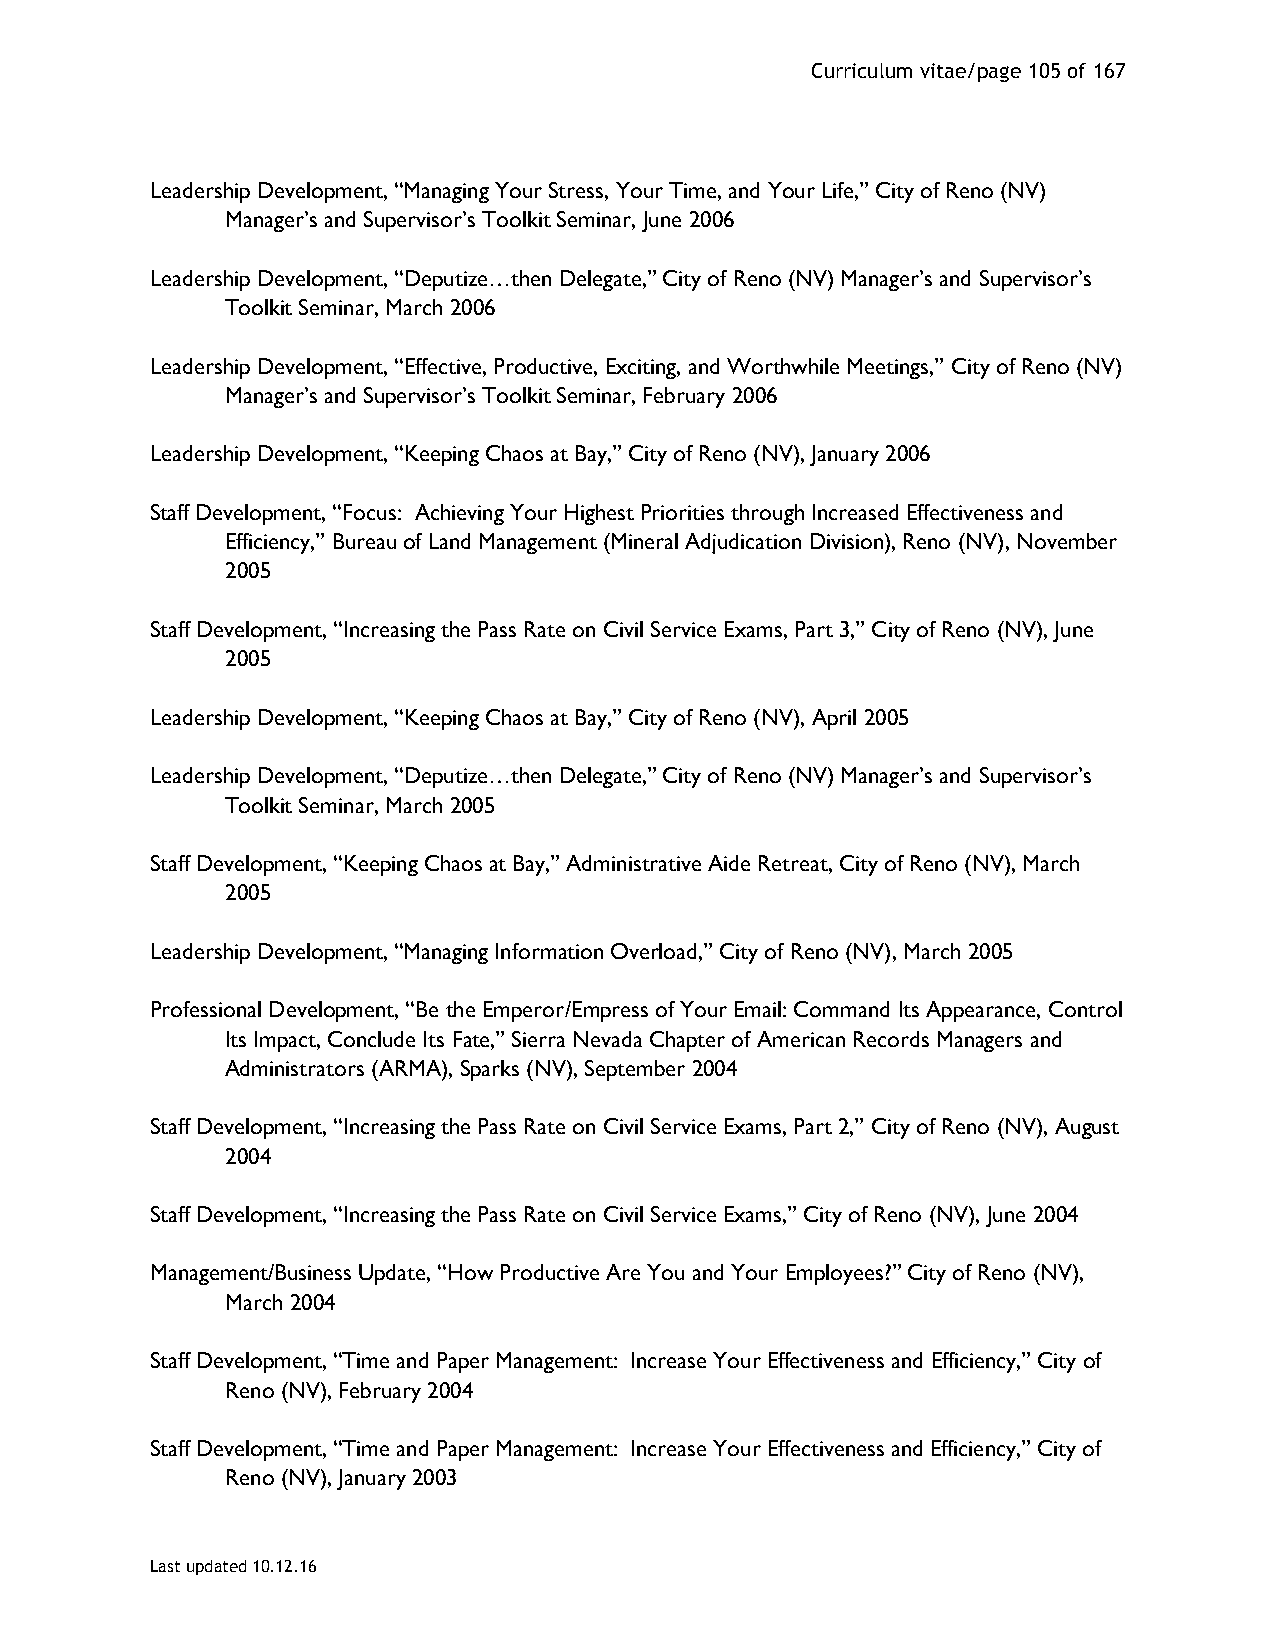
Curriculum vitae/page 105 of 167
 Leadership Development, “Managing Your Stress, Your Time, and Your Life,” City of Reno (NV)
 Manager’s and Supervisor’s Toolkit Seminar, June 2006
 Leadership Development, “Deputize…then Delegate,” City of Reno (NV) Manager’s and Supervisor’s
 Toolkit Seminar, March 2006
 Leadership Development, “Effective, Productive, Exciting, and Worthwhile Meetings,” City of Reno (NV)
 Manager’s and Supervisor’s Toolkit Seminar, February 2006
 Leadership Development, “Keeping Chaos at Bay,” City of Reno (NV), January 2006
 Staff Development, “Focus: Achieving Your Highest Priorities through Increased Effectiveness and
 Efficiency,” Bureau of Land Management (Mineral Adjudication Division), Reno (NV), November
 2005
 Staff Development, “Increasing the Pass Rate on Civil Service Exams, Part 3,” City of Reno (NV), June
 2005
 Leadership Development, “Keeping Chaos at Bay,” City of Reno (NV), April 2005
 Leadership Development, “Deputize…then Delegate,” City of Reno (NV) Manager’s and Supervisor’s
 Toolkit Seminar, March 2005
 Staff Development, “Keeping Chaos at Bay,” Administrative Aide Retreat, City of Reno (NV), March
 2005
 Leadership Development, “Managing Information Overload,” City of Reno (NV), March 2005
 Professional Development, “Be the Emperor/Empress of Your Email: Command Its Appearance, Control
 Its Impact, Conclude Its Fate,” Sierra Nevada Chapter of American Records Managers and
 Administrators (ARMA), Sparks (NV), September 2004
 Staff Development, “Increasing the Pass Rate on Civil Service Exams, Part 2,” City of Reno (NV), August
 2004
 Staff Development, “Increasing the Pass Rate on Civil Service Exams,” City of Reno (NV), June 2004
 Management/Business Update, “How Productive Are You and Your Employees?” City of Reno (NV),
 March 2004
 Staff Development, “Time and Paper Management: Increase Your Effectiveness and Efficiency,” City of
 Reno (NV), February 2004
 Staff Development, “Time and Paper Management: Increase Your Effectiveness and Efficiency,” City of
 Reno (NV), January 2003
 Last updated 10.12.16